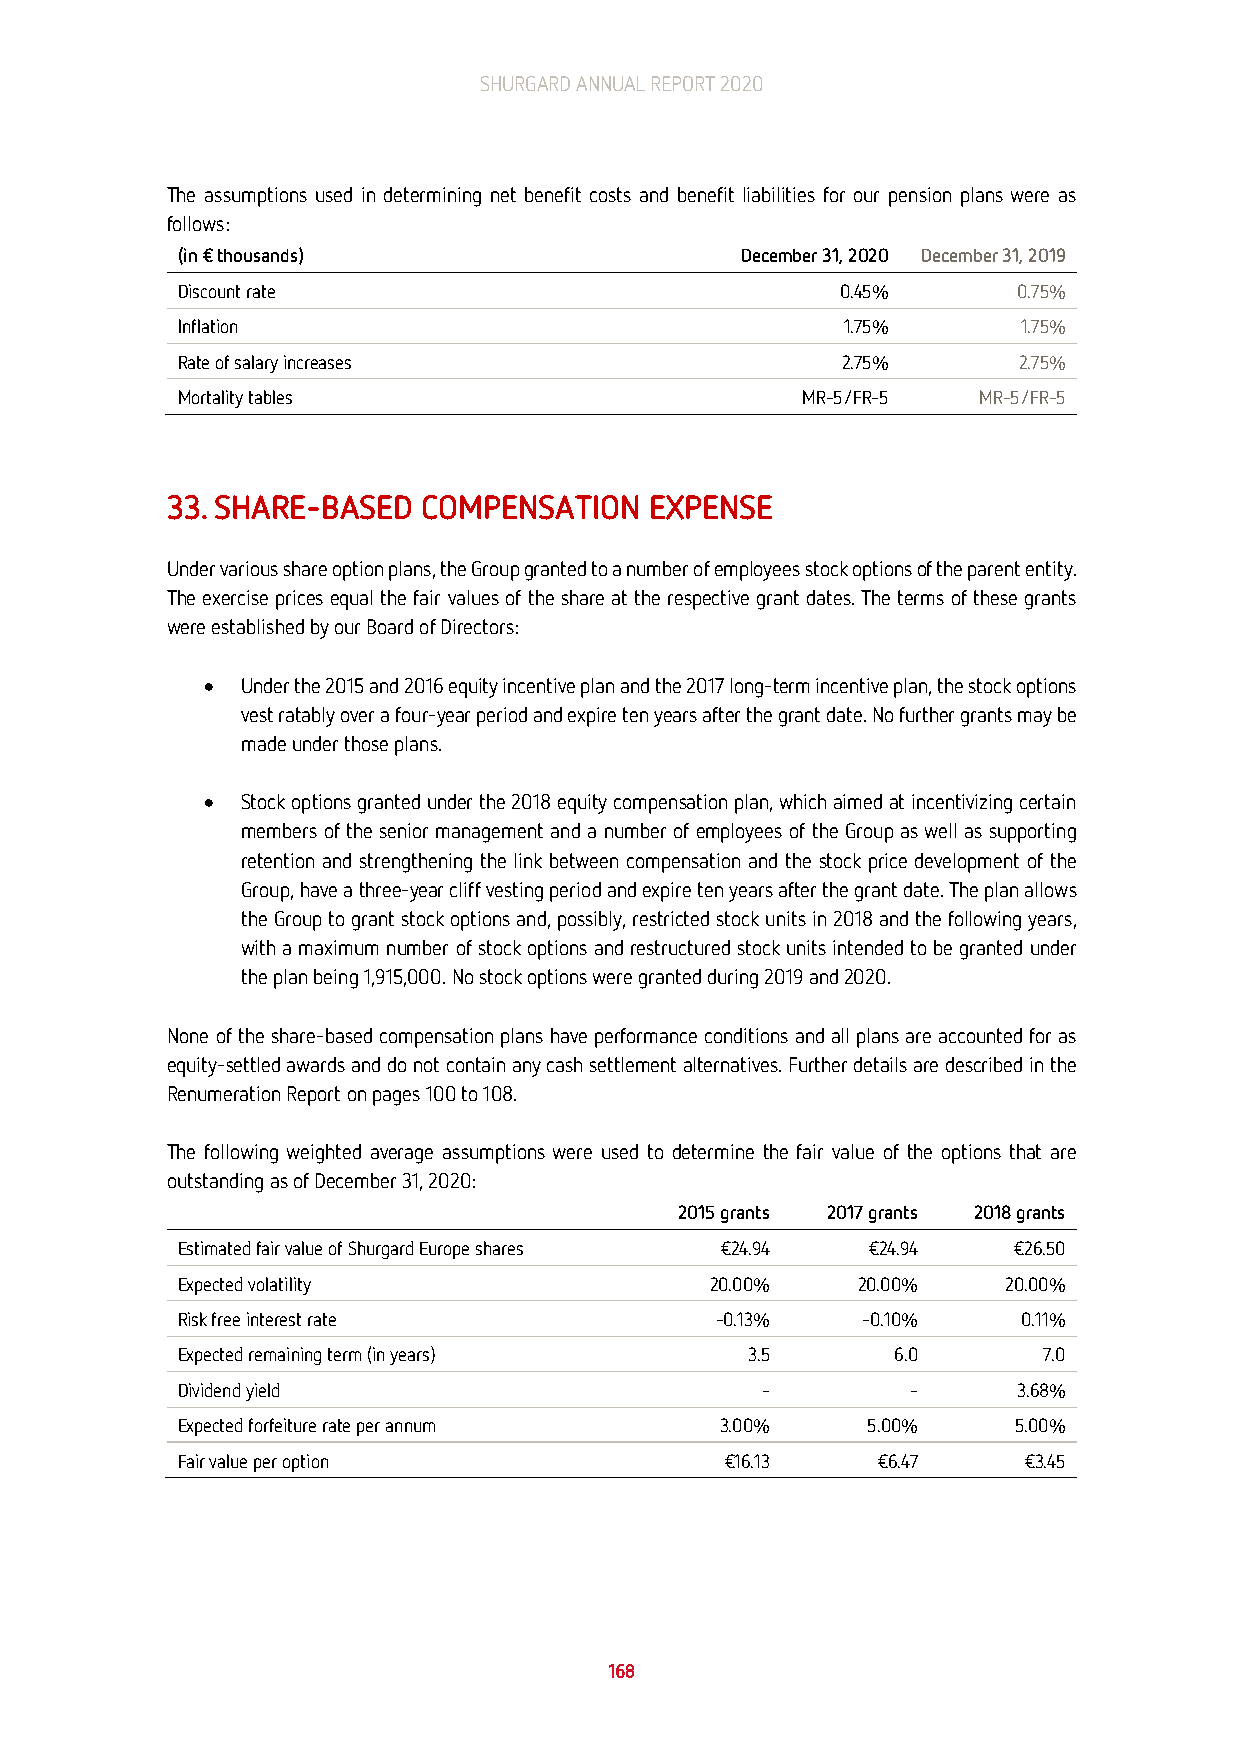
SHURGARD ANNUAL REPORT 2020
 The assumptions used in determining net benefit costs and benefit liabilities for our pension plans were as
 follows:
 (in € thousands)                     December 31, 2020 December 31, 2019
 Discount rate                               0.45%      0.75%
 Inflation                                   1.75%       1.75%
 Rate of salary increases                    2.75%      2.75%
 Mortality tables                         MR-5/FR-5   MR-5/FR-5
 33. SHARE-BASED  COMPENSATION   EXPENSE
 Under various share option plans, the Group granted to a number of employees stock options of the parent entity.
 The exercise prices equal the fair values of the share at the respective grant dates. The terms of these grants
 were established by our Board of Directors:
 •  Under the 2015 and 2016 equity incentive plan and the 2017 long-term incentive plan, the stock options
 vest ratably over a four-year period and expire ten years after the grant date. No further grants may be
 made under those plans.
 •  Stock options granted under the 2018 equity compensation plan, which aimed at incentivizing certain
 members of the senior management and a number of employees of the Group as well as supporting
 retention and strengthening the link between compensation and the stock price development of the
 Group, have a three-year cliff vesting period and expire ten years after the grant date. The plan allows
 the Group to grant stock options and, possibly, restricted stock units in 2018 and the following years,
 with a maximum number of stock options and restructured stock units intended to be granted under
 the plan being 1,915,000. No stock options were granted during 2019 and 2020.
 None of the share-based compensation plans have performance conditions and all plans are accounted for as
 equity-settled awards and do not contain any cash settlement alternatives. Further details are described in the
 Renumeration Report on pages 100 to 108.
 The following weighted average assumptions were used to determine the fair value of the options that are
 outstanding as of December 31, 2020:
 2015 grants 2017 grants 2018 grants
 Estimated fair value of Shurgard Europe shares €24.94 €24.94 €26.50
 Expected volatility                20.00%    20.00%    20.00%
 Risk free interest rate            -0.13%    -0.10%     0.11%
 Expected remaining term (in years)   3.5       6.0       7.0
 Dividend yield                        -         -      3.68%
 Expected forfeiture rate per annum  3.00%    5.00%     5.00%
 Fair value per option               €16.13    €6.47     €3.45
 168